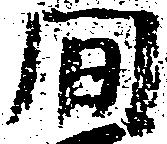
間